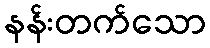
နန်းတက်သော